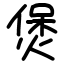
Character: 煲